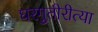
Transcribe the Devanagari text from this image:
घरगुतीरीत्या